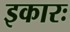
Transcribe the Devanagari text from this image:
इकारः